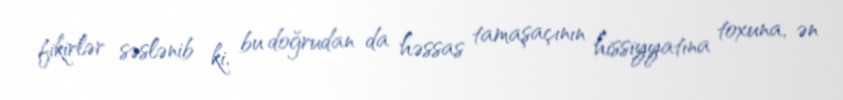
fikirlər səslənib ki, bu doğrudan da həssas tamaşaçının hissiyyatına toxuna, ən